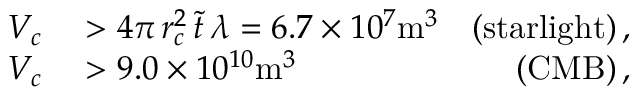
\begin{array} { r l r } { V _ { c } } & { { } > 4 \pi \, r _ { c } ^ { 2 } \, \tilde { t } \, \lambda = 6 . 7 \times 1 0 ^ { 7 } \mathrm { m } ^ { 3 } } & { ( \mathrm { s t a r l i g h t } ) \, , } \\ { V _ { c } } & { { } > 9 . 0 \times 1 0 ^ { 1 0 } \mathrm { m } ^ { 3 } } & { ( \mathrm { C M B } ) \, , } \end{array}